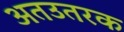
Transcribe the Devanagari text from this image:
अतउतरक